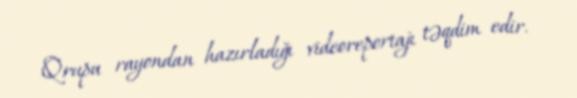
Qrupu rayondan hazırladığı videoreportajı təqdim edir.